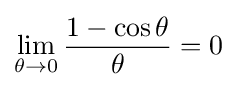
\lim _{\theta \to 0}{\frac {1-\cos \theta }{\theta }}=0